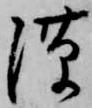
隙